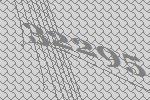
32295